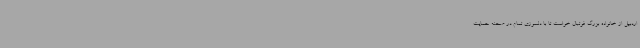
اردبیل از خانواده بزرگ فوتبال خواست تا با دلسوزی تمام در صحنه حمایت